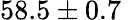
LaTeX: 58.5\pm 0.7\